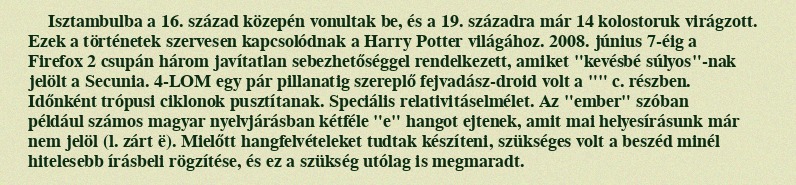
Isztambulba a 16. század közepén vonultak be, és a 19. századra már 14 kolostoruk virágzott. Ezek a történetek szervesen kapcsolódnak a Harry Potter világához. 2008. június 7-éig a Firefox 2 csupán három javítatlan sebezhetőséggel rendelkezett, amiket "kevésbé súlyos"-nak jelölt a Secunia. 4-LOM egy pár pillanatig szereplő fejvadász-droid volt a "" c. részben. Időnként trópusi ciklonok pusztítanak. Speciális relativitáselmélet. Az "ember" szóban például számos magyar nyelvjárásban kétféle "e" hangot ejtenek, amit mai helyesírásunk már nem jelöl (l. zárt ë). Mielőtt hangfelvételeket tudtak készíteni, szükséges volt a beszéd minél hitelesebb írásbeli rögzítése, és ez a szükség utólag is megmaradt.